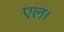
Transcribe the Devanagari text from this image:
एल।